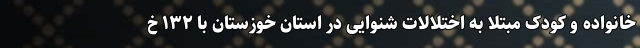
خانواده و کودک مبتلا به اختلالات شنوایی در استان خوزستان با ۱۳۲ خ